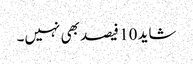
شاید 10 فیصد بھی نہیں۔